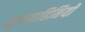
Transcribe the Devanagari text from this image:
शुक्रवाहिनियों